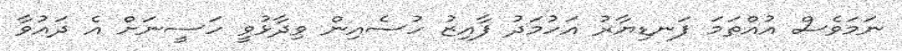
ނަމަވެސް އުއްތަމަ ފަނޑިޔާރު އަހުމަދު ފާއިޒު ހުސެއިން ވިދާޅުވީ ހަސީނަށް އެ ދައުވާ